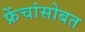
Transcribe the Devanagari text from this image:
फ्रेंचांसोबत